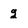
Character: 2